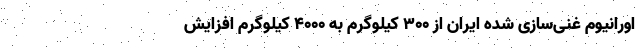
اورانیوم غنی‌سازی شده ایران از ۳۰۰ کیلوگرم به ۴۰۰۰ کیلوگرم افزایش